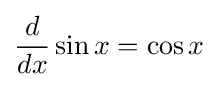
{\frac {d}{dx}}\sin x=\cos x